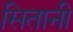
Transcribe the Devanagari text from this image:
सितानी